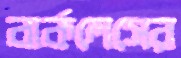
বার্কলেসের